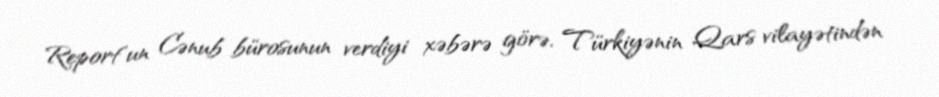
Report"un Cənub bürosunun verdiyi xəbərə görə, Türkiyənin Qars vilayətindən